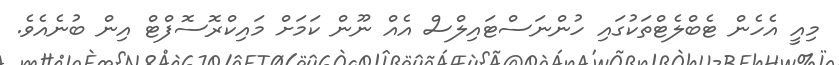
މިއީ އެހެން ޓެބްލެޓްތަކުގައި ހުންނަސްޓައިލްސް އެއް ނޫން ކަމަށް މައިކްރޮސޮފްޓް އިން ބުނެއެވެ.